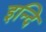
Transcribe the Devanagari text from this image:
इन्दि